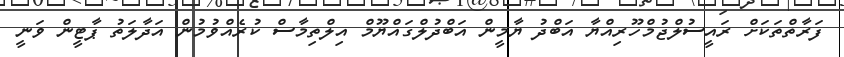
ފަރާތްތަކަށް ރައީސުލްޖުމްހޫރިއްޔާ އަބްދު ޔާމީން އަބްދުލްގައްޔޫމް އިލްތިމާސް ކުރެއްވުމުން އަދާލަތު ޕާޓީން ވަނީ